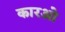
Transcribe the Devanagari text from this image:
कारओ